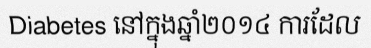
Diabetes នៅក្នុងឆ្នាំ២០១៤ ការដែល